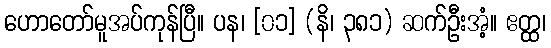
ဟောတော်မူအပ်ကုန်ပြီ။ ပန၊ [၀၁] (နိ၊ ၃၈၁) ဆက်ဦးအံ့။ ဧတ္ထ၊